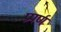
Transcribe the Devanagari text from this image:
प्रपर्ण